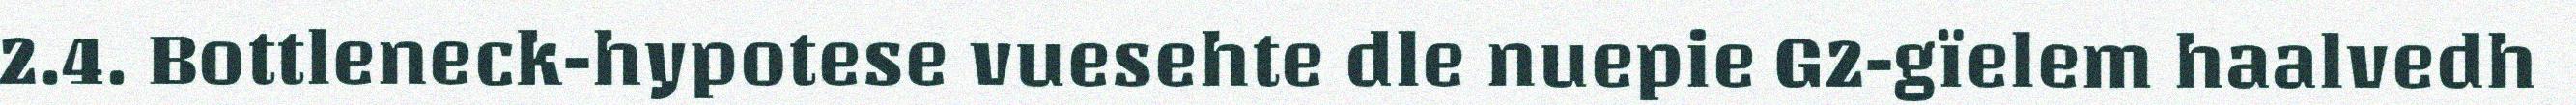
2.4. Bottleneck-hypotese vuesehte dle nuepie G2-gïelem haalvedh